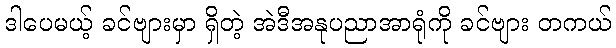
ဒါပေမယ့် ခင်ဗျားမှာ ရှိတဲ့ အဲဒီအနုပညာအာရုံကို ခင်ဗျား တကယ်